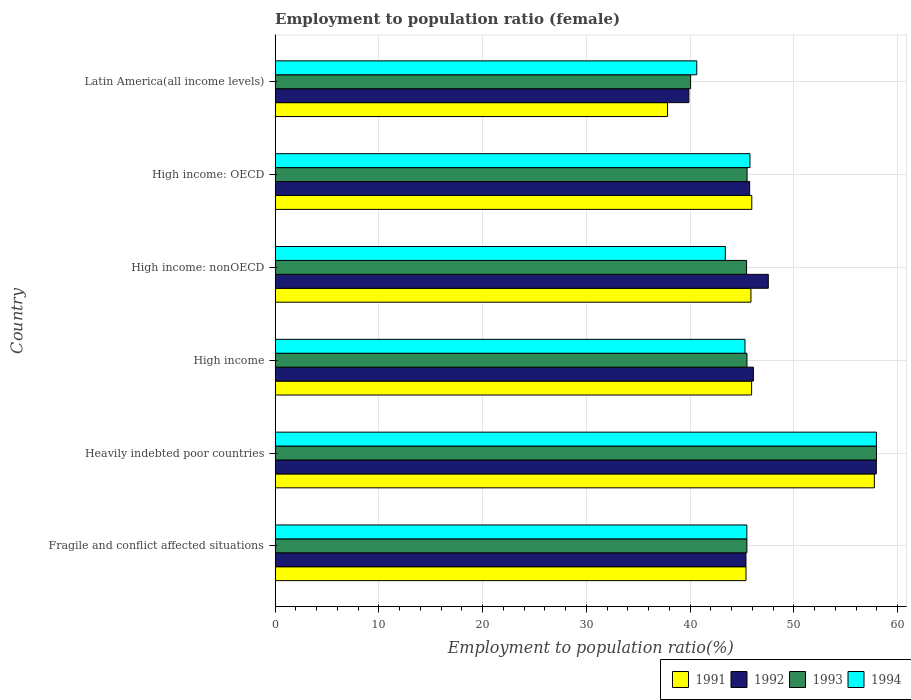
| Country | 1991 | 1992 | 1993 | 1994 |
 | --- | --- | --- | --- | --- |
 | Fragile and conflict affected situations | 45.4 | 45.4 | 45.5 | 45.5 |
 | Heavily indebted poor countries | 57.8 | 58 | 58 | 58 |
 | High income | 45.9 | 46.1 | 45.5 | 45.3 |
 | High income: nonOECD | 45.9 | 47.5 | 45.4 | 43.4 |
 | High income: OECD | 45.9 | 45.7 | 45.5 | 45.8 |
 | Latin America(all income levels) | 37.8 | 39.9 | 40.1 | 40.6 |